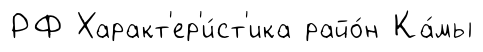
РФ Характ'ер'и́ст'ика райо́н Ка́мы